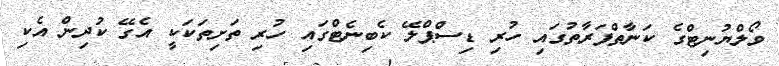
ވޯލްޔުނިޓްގެ ކަނާތްފަރާތުގައި ހުރި ޑިސްޕްލޭ ކެބިނެޓްގައި ހުރި ތަށިތަކަކީ އެގޭ ކުދިން އެކި